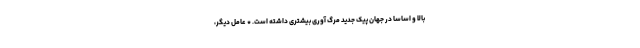
بالا و اساسا در جهان پیک جدید مرگ آوری بیشتری داشته است. * عامل دیگر،